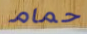
حمام